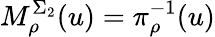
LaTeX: M_{\rho}^{\Sigma_{2}}(u)=\pi_{\rho}^{-1}(u)